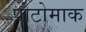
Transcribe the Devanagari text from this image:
पोटोमाक